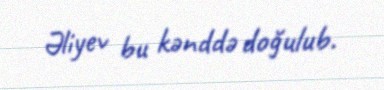
Əliyev bu kənddə doğulub.